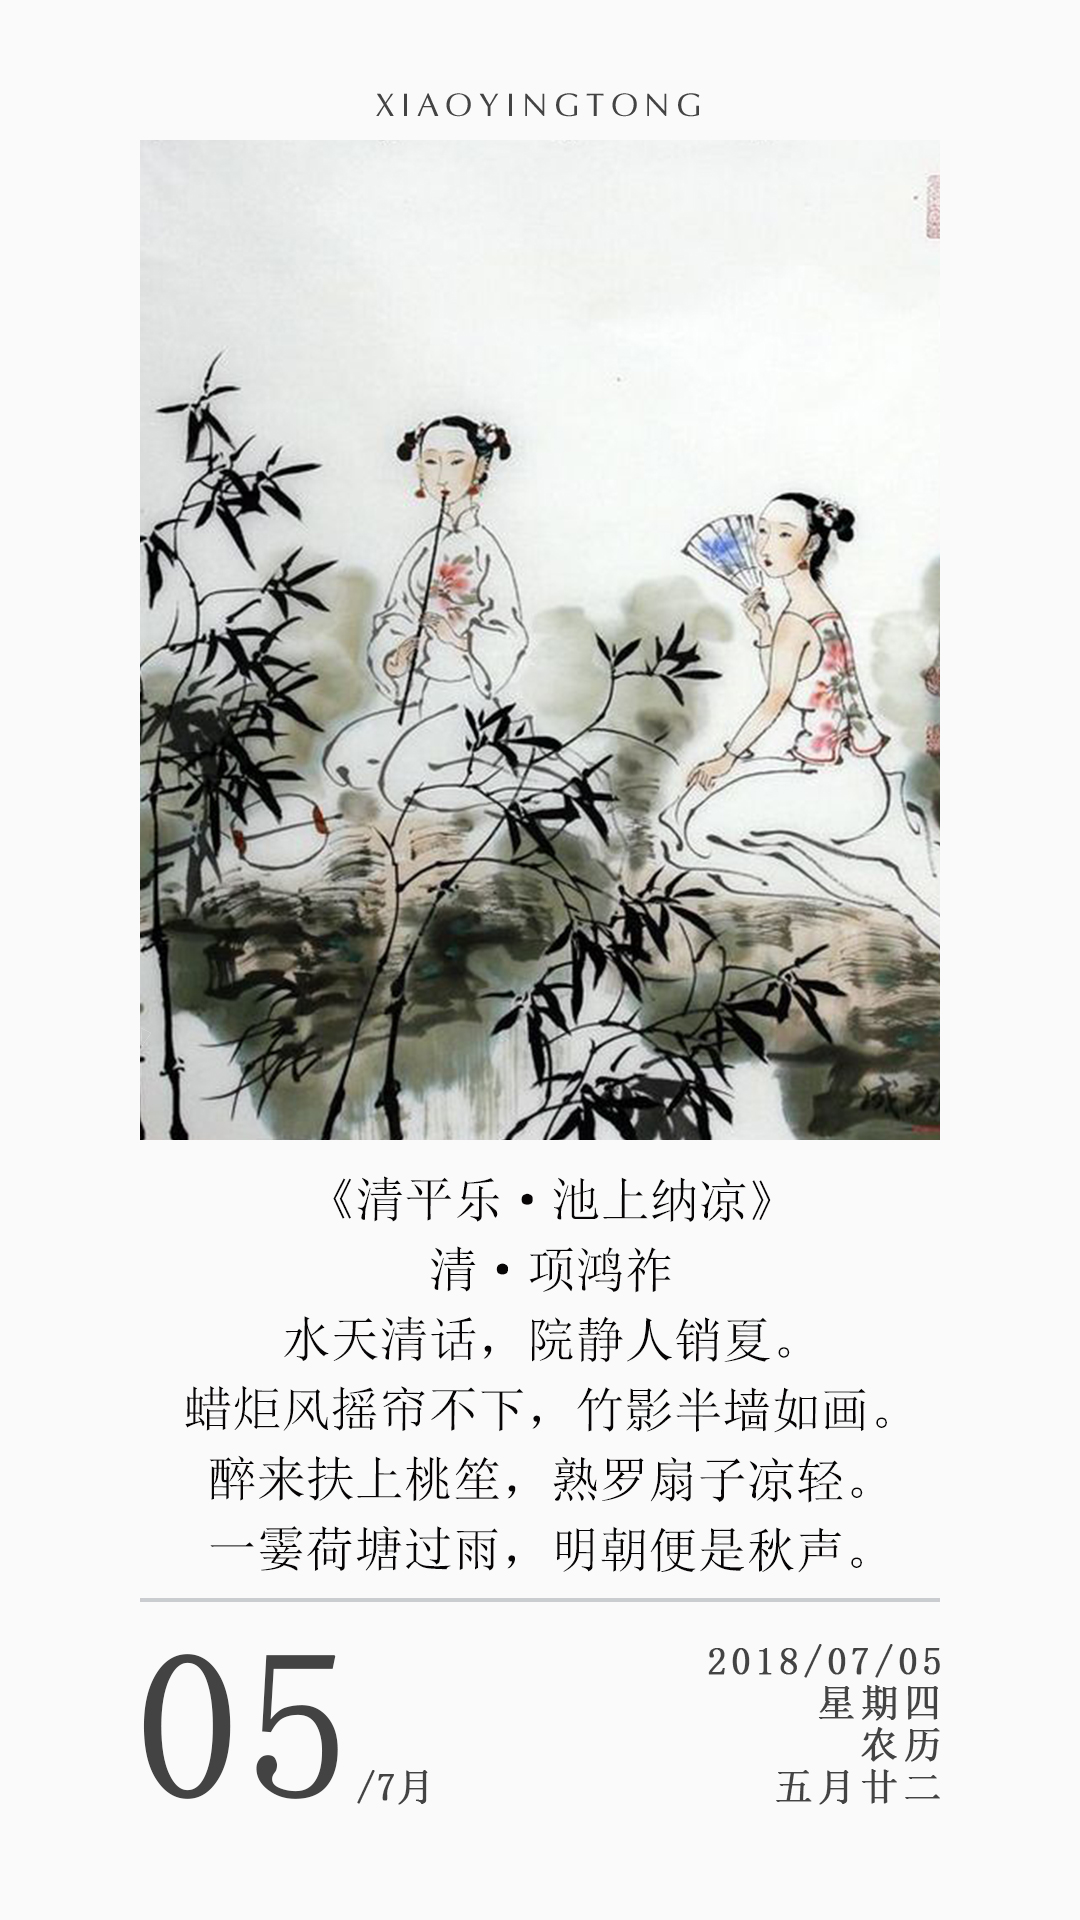
一霎荷塘过雨，明朝便是秋声。